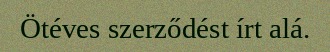
Ötéves szerződést írt alá.